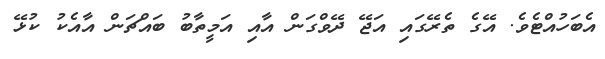
އެބަހުއްޓެވެ. އޭގެ ތެރޭގައި އަޖޭ ދޭވްގަން އާއި އަމީތާބު ބައްޗަން އާއެކު ކުޅޭ